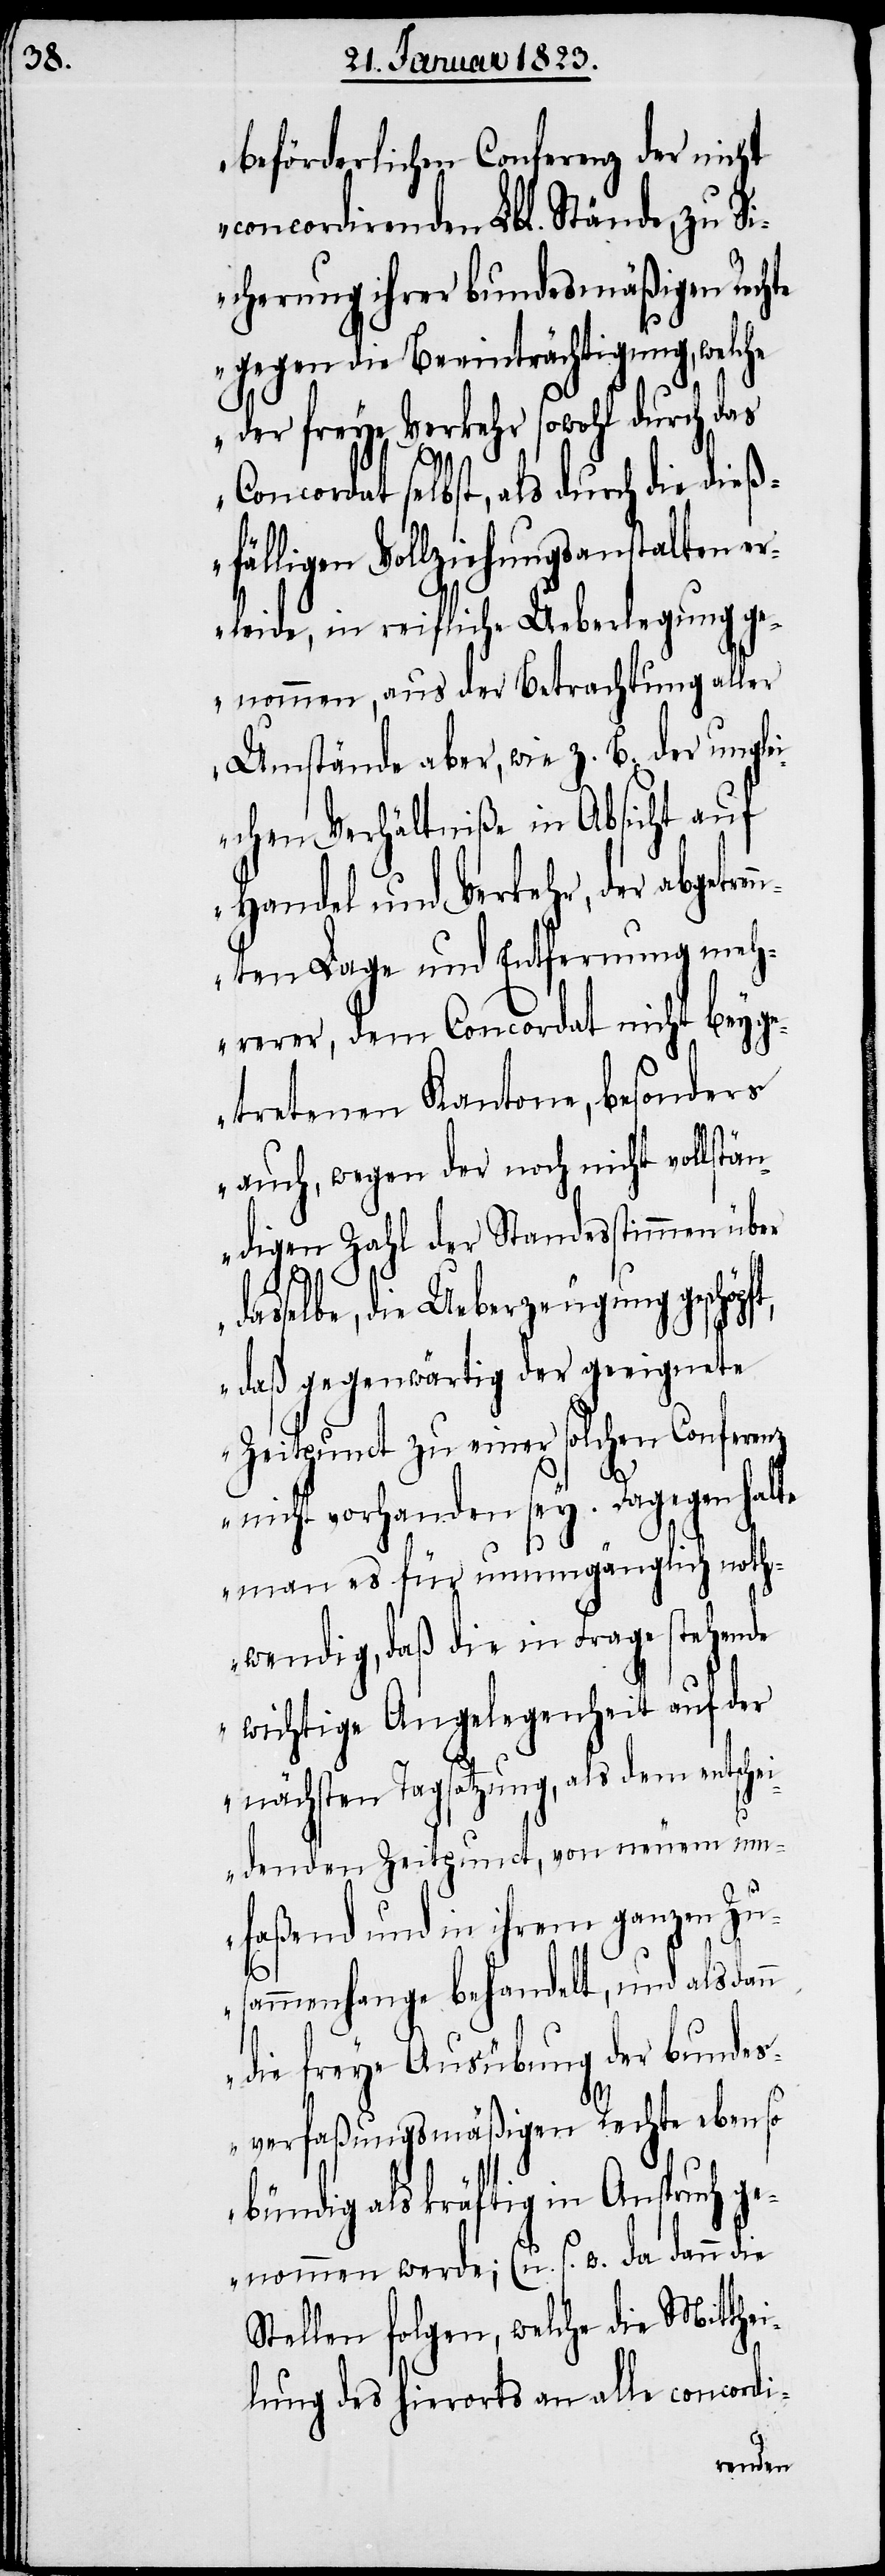
beförderlichen Conferenz der nicht
concordirenden Lbl. Stände, zu Si¬
cherung ihrer bundesmäßigen Rechte
gegen die Beeinträchtigung, welc¬
der freye Verkehr sowohl durch das
Concordat selbst, als durch die dieß¬
fälligen Vollziehungsanstalten er¬
leide, in reifliche Ueberlegung ge¬
nommen, aus der Betrachtung aller
Umstände aber, wie z. B. der ungle¬
ichen Verhältniße in Absicht auf
Handel und Verkehr, der abgetren¬
nten Lage und Entfernung meh¬
rerer, dem Concordat nicht beyg¬
etretenen Kantone, besonders
auch, wegen der noch nicht vollstän¬
digen Zahl der Standesstimmen über
he
dasselbe, die Ueberzeugung geschöpft,
daß gegenwärtig der geeignete
Zeitpunct zu einer solchen Conferenz
nicht vorhanden sey. Dagegen halte
man es für unumgänglich noth¬
wendig, daß die in Frage stehende
wichtige Angelegenheit auf der
nächsten Tagsatzung, als dem entsche¬
idenden Zeitpunct, von neuem um¬
faßend und in ihrem ganzen Zu¬
sammenhange behandelt, und alsdann
die freye Ausübung der bundes¬
verfaßungsmäßigen Rechte ebenso
bündig als kräftig in Anspruch ge¬
nommen werde; (u. s. w. da dann die
Stellen folgen, welche die Mitthei¬
lung des hierorts an alle concordi-